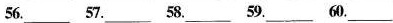
56.___ 57.___58.___59.___60.___